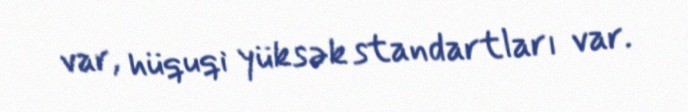
var, hüquqi yüksək standartları var.